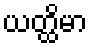
ယတ္ထိမာ